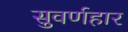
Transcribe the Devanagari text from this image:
सुवर्णहार